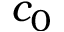
c _ { 0 }